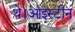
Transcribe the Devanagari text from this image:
थे।आइंस्टीन